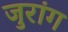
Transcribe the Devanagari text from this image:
जुरांग